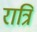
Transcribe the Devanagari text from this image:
रात्रि